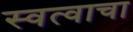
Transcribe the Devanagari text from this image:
स्वत्वाचा